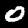
Label: 0